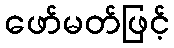
ဖော်မတ်ဖြင့်